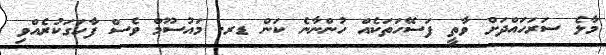
މާލެ ސަރަހައްދަށް ވާތީ ފަސޭހަތަކެެއް ހުންނާނެ ކަން ޑރ. މައުސޫމް ވެސް ފާހަގަކުރެއްވި